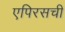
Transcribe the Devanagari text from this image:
एपिरसची